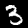
Digit: 3